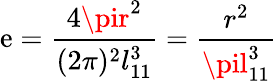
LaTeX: \mathrm{e}=\frac{{4\pir^{2}}}{{(2\pi)^{2}l_{11}^{3}}}=\frac{{r^{2}}}{{\pil_{11}^{3}}}